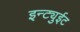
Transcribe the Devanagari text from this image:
इन्ट्युईट